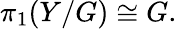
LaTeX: \pi_{1}(Y/G)\cong G.